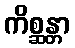
ကိစ္ဆန္တာ